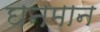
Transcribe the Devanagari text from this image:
घनमान